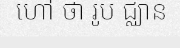
ហៅ ថា រូប ជ្ឈាន